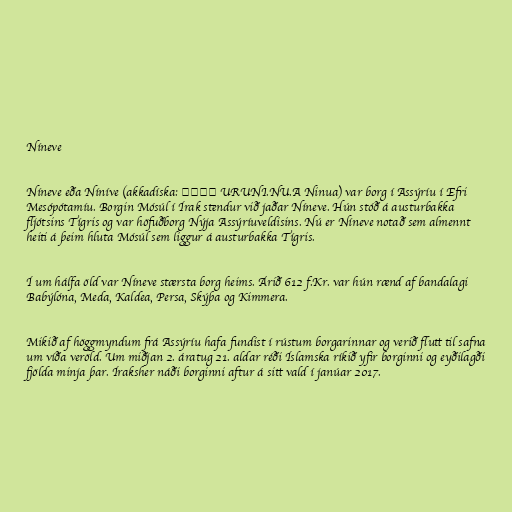
Níneve

Níneve eða Níníve (akkadíska: 𒌷𒉌𒉡𒀀 URUNI.NU.A Ninua) var borg í Assýríu í Efri
Mesópótamíu. Borgin Mósúl í Írak stendur við jaðar Níneve. Hún stóð á austurbakka
fljótsins Tígris og var höfuðborg Nýja Assýríuveldisins. Nú er Níneve notað sem almennt
heiti á þeim hluta Mósúl sem liggur á austurbakka Tígris.

Í um hálfa öld var Níneve stærsta borg heims. Árið 612 f.Kr. var hún rænd af bandalagi
Babýlóna, Meda, Kaldea, Persa, Skýþa og Kimmera.

Mikið af höggmyndum frá Assýríu hafa fundist í rústum borgarinnar og verið flutt til safna
um víða veröld. Um miðjan 2. áratug 21. aldar réði Íslamska ríkið yfir borginni og eyðilagði
fjölda minja þar. Íraksher náði borginni aftur á sitt vald í janúar 2017.